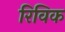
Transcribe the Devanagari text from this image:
रिविक